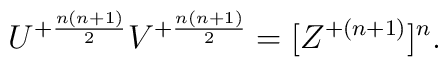
U^{+{n(n+1)\over2}}V^{+{n(n+1)\over2}}=[Z^{+{(n+1)}}]^n.